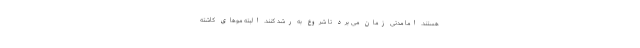
هستند. اما مدتی زمان می برد تا شروع به رشد کنند. البته موهای کاشته